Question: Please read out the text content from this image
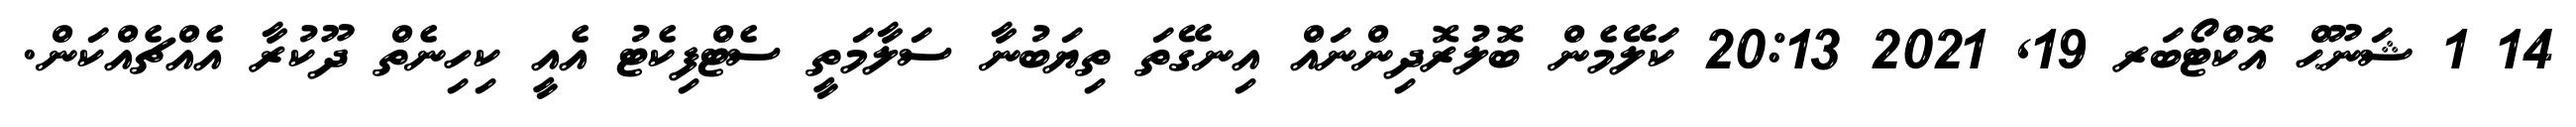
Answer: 14 1 ޝަނޫޙް އޮކްޓޯބަރ 19, 2021 20:13 ކަލޭމެން ބޮލުރޮދިންނައް އިނގޭތަ ތިޔަބުނާ ސަލާމަތީ ސެޓްފިކެޓު އެއީ ކިހިނެތް ދޫކުރާ އެއްޗެއްކަން.